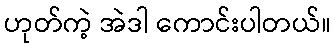
ဟုတ်ကဲ့ အဲဒါ ကောင်းပါတယ်။